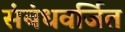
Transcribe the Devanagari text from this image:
संबंधवर्जित